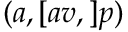
( a , [ a v , ] p )